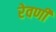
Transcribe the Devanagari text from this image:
रेवणी